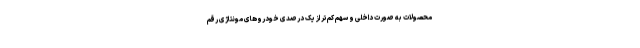
محصولات به صورت داخلی و سهم کم‌تر از یک درصدی خودروهای مونتاژی رقم